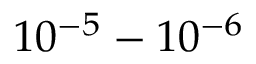
1 0 ^ { - 5 } - 1 0 ^ { - 6 }